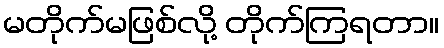
မတိုက်မဖြစ်လို့ တိုက်ကြရတာ။